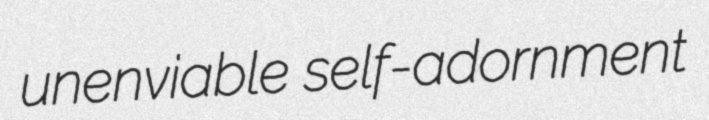
unenviable self-adornment